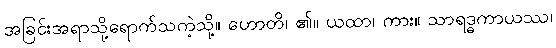
အခြင်းအရာသို့ရောက်သကဲ့သို့။ ဟောတိ၊ ၏။ ယထာ၊ ကား။ သာရဒ္ဓကာယဿ၊